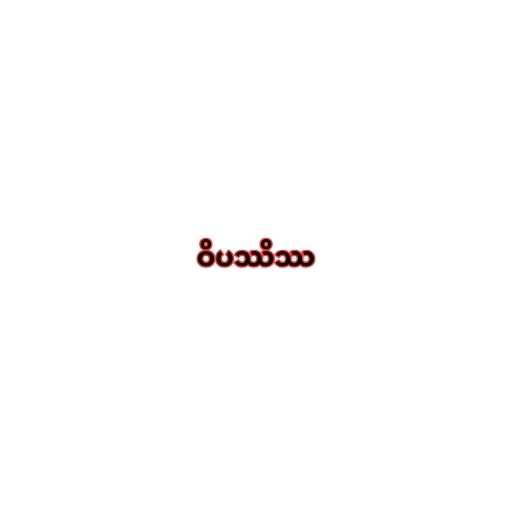
ဝိပဿိဿ